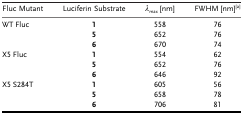
<table><thead><tr><td><b>Fluc Mutant</b></td><td><b>Luciferin Substrate</b></td><td><b><i>λ</i><sub>max</sub> [nm]</b></td><td><b>FWHM [nm][a]</b></td></tr></thead><tbody><tr><td>WT Fluc</td><td><b>1</b></td><td>558</td><td>76</td></tr><tr><td></td><td><b>5</b></td><td>652</td><td>76</td></tr><tr><td></td><td><b>6</b></td><td>670</td><td>74</td></tr><tr><td>X5 Fluc</td><td><b>1</b></td><td>554</td><td>62</td></tr><tr><td></td><td><b>5</b></td><td>652</td><td>76</td></tr><tr><td></td><td><b>6</b></td><td>646</td><td>92</td></tr><tr><td>X5 S284T</td><td><b>1</b></td><td>605</td><td>56</td></tr><tr><td></td><td><b>5</b></td><td>658</td><td>78</td></tr><tr><td></td><td><b>6</b></td><td>706</td><td>81</td></tr></tbody></table>